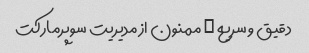
دقیق و سریع … ممنون از مدیریت سوپرمارکت